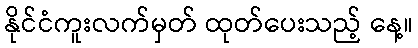
နိုင်ငံကူးလက်မှတ် ထုတ်ပေးသည့် နေ့။